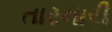
તારનારી